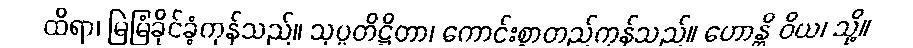
ထိရာ၊ မြဲမြံခိုင်ခံ့ကုန်သည်။ သုပ္ပတိဋ္ဌိတာ၊ ကောင်းစွာတည်ကုန်သည်။ ဟောန္တိ ဝိယ၊ သို့။